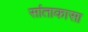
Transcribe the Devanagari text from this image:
सांताकासा